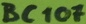
Text: BC107